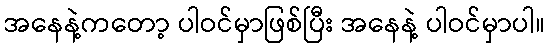
အနေနဲ့ကတော့ ပါဝင်မှာဖြစ်ပြီး အနေနဲ့ ပါဝင်မှာပါ။